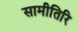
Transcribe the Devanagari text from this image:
सामीतिरि